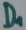
Text: D1